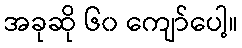
အခုဆို ၆၀ ကျော်ပေါ့။